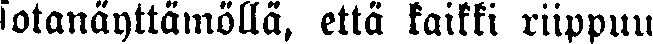
sotanäyttämöllä, että kaikki riippuu